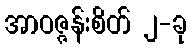
အာဝဇ္ဇန်းစိတ် ၂-ခု